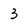
Character: 3